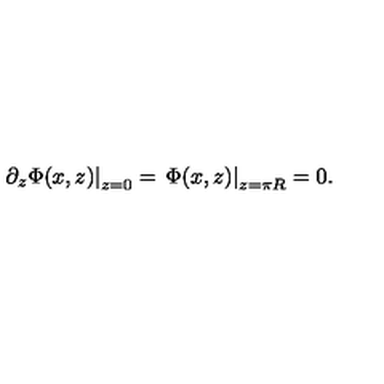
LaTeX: \left. \partial _ { z } \Phi ( x , z ) \right| _ { z = 0 } = \left. \Phi ( x , z ) \right| _ { z = \pi R } = 0 .